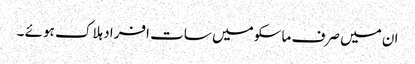
ان میں صرف ماسکو میں سات افراد ہلاک ہوئے ۔